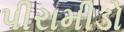
પીરામીડો